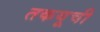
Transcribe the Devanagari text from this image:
तकयूची